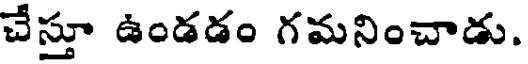
చేస్తూ ఉండడం గమనించాడు.